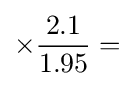
\times {\frac {2.1}{1.95}}=